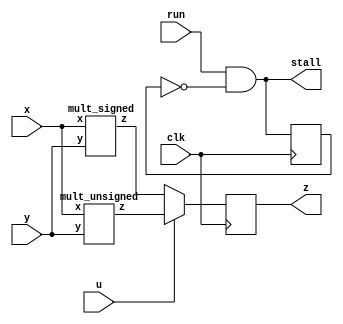
`timescale 1ns / 1ps   // MK 29.2.2016

module Multiplier2(
  input clk, run, u,
  output stall,
  input [31:0] x, y,
  output [63:0] z);

wire [63:0] z_signed, z_unsigned;
reg [63:0] P;
reg S;

assign z = P;
assign stall = run & ~S;

mult_signed mult_s(.x(x), .y(y), .z(z_signed));
mult_unsigned mult_us(.x(x), .y(y), .z(z_unsigned));

always @ (posedge(clk)) begin
  P <= u ? z_unsigned : z_signed;
  S <= stall;
end

endmodule

module mult_signed (
  input signed [31:0] x,
  input signed [31:0] y,
  output signed [63:0] z);
  
assign z = x * y;

endmodule

module mult_unsigned (
  input [31:0] x,
  input [31:0] y,
  output [63:0] z);
  
assign z = x * y;

endmodule